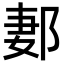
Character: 郪